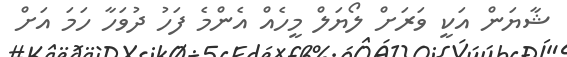
ޝާޔަން އަކީ ވަރަށް ލޯޔަލް މީހެއް އެންމެ ފަހު ދުވަހާ ހަމަ އަށް